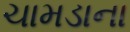
ચામડાના